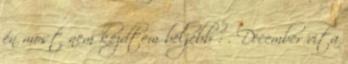
én most nem kezdtem beljebb : . December vita